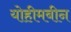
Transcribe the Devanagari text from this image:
योहीमबीन